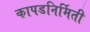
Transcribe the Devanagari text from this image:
कापडनिर्मिती